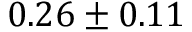
0 . 2 6 \pm 0 . 1 1